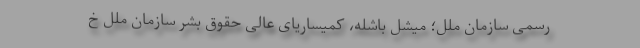
رسمی سازمان ملل؛ میشل باشله، کمیساریای عالی حقوق بشر سازمان ملل خ